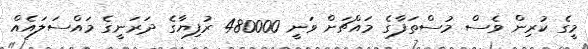
މީގެ ކުރިން ވެސް މުސްތަފާގެ މައްޗަށް ވަނީ 480000 ރުފިޔާގެ ދަރަނީގެ މައްސަލައެއް